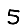
Digit: 5